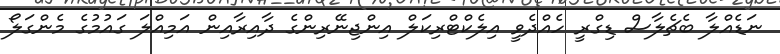
ނަޑެއްލާ ބެޗެލާސް ޑިގްރީ ހެއްދެވީ އިލެކްޓްރިކަލް އިންޖިނޭރިންގެ ދާއިރާއިން އަމިއްލަ ގައުމުގެ މެންގަލޯ